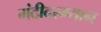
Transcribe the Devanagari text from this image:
मंदीदरम्यान